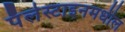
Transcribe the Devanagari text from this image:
पॅलेस्टाइनमधील